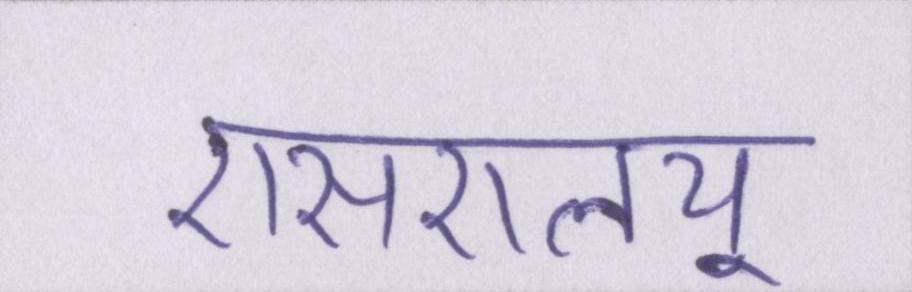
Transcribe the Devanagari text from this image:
एसएलयू